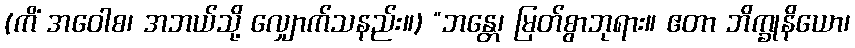
(ကိံ အဝေါစ၊ အဘယ်သို့ လျှောက်သနည်း။) “ဘန္တေ၊ မြတ်စွာဘုရား။ ဧတာ ဘိက္ခုနိယော၊